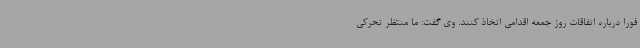
فورا درباره اتفاقات روز جمعه اقدامی اتخاذ کنند. وی گفت: ما منتظر تحرکی